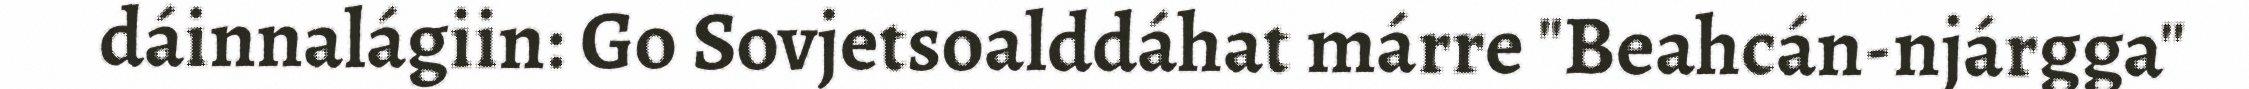
dáinnalágiin: Go Sovjetsoalddáhat márre "Beahcán-njárgga"